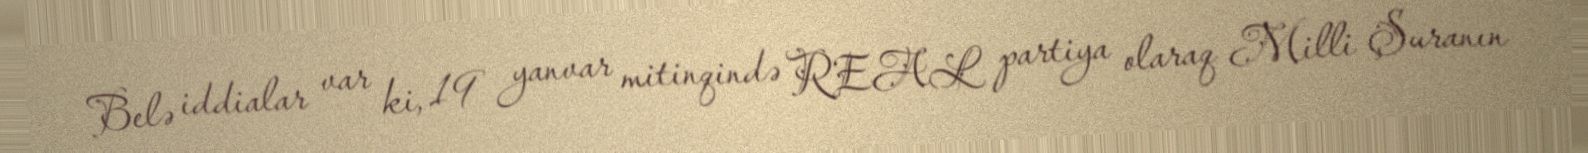
Belə iddialar var ki, 19 yanvar mitinqində REAL partiya olaraq Milli Şuranın